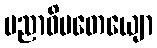
ပညာဓိပတေယျော